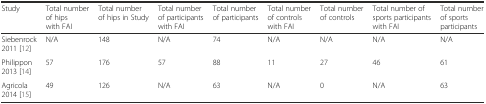
<table><thead><tr><td><b>Study</b></td><td><b>Total number of hips with FAI</b></td><td><b>Total number of hips in Study</b></td><td><b>Total number of participants with FAI</b></td><td><b>Total number of participants</b></td><td><b>Total number of controls with FAI</b></td><td><b>Total number of controls</b></td><td><b>Total number of sports participants with FAI</b></td><td><b>Total number of sports participants</b></td></tr></thead><tbody><tr><td>Siebenrock 2011 [12]</td><td>N/A</td><td>148</td><td>N/A</td><td>74</td><td>N/A</td><td>N/A</td><td>N/A</td><td>N/A</td></tr><tr><td>Philippon 2013 [14]</td><td>57</td><td>176</td><td>57</td><td>88</td><td>11</td><td>27</td><td>46</td><td>61</td></tr><tr><td>Agricola 2014 [15]</td><td>49</td><td>126</td><td>N/A</td><td>63</td><td>N/A</td><td>0</td><td>N/A</td><td>63</td></tr></tbody></table>